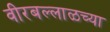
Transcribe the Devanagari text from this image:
वीरबल्लाळच्या